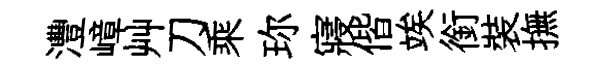
灃嶂艸刀乘珎寢偕竢銜裝撫